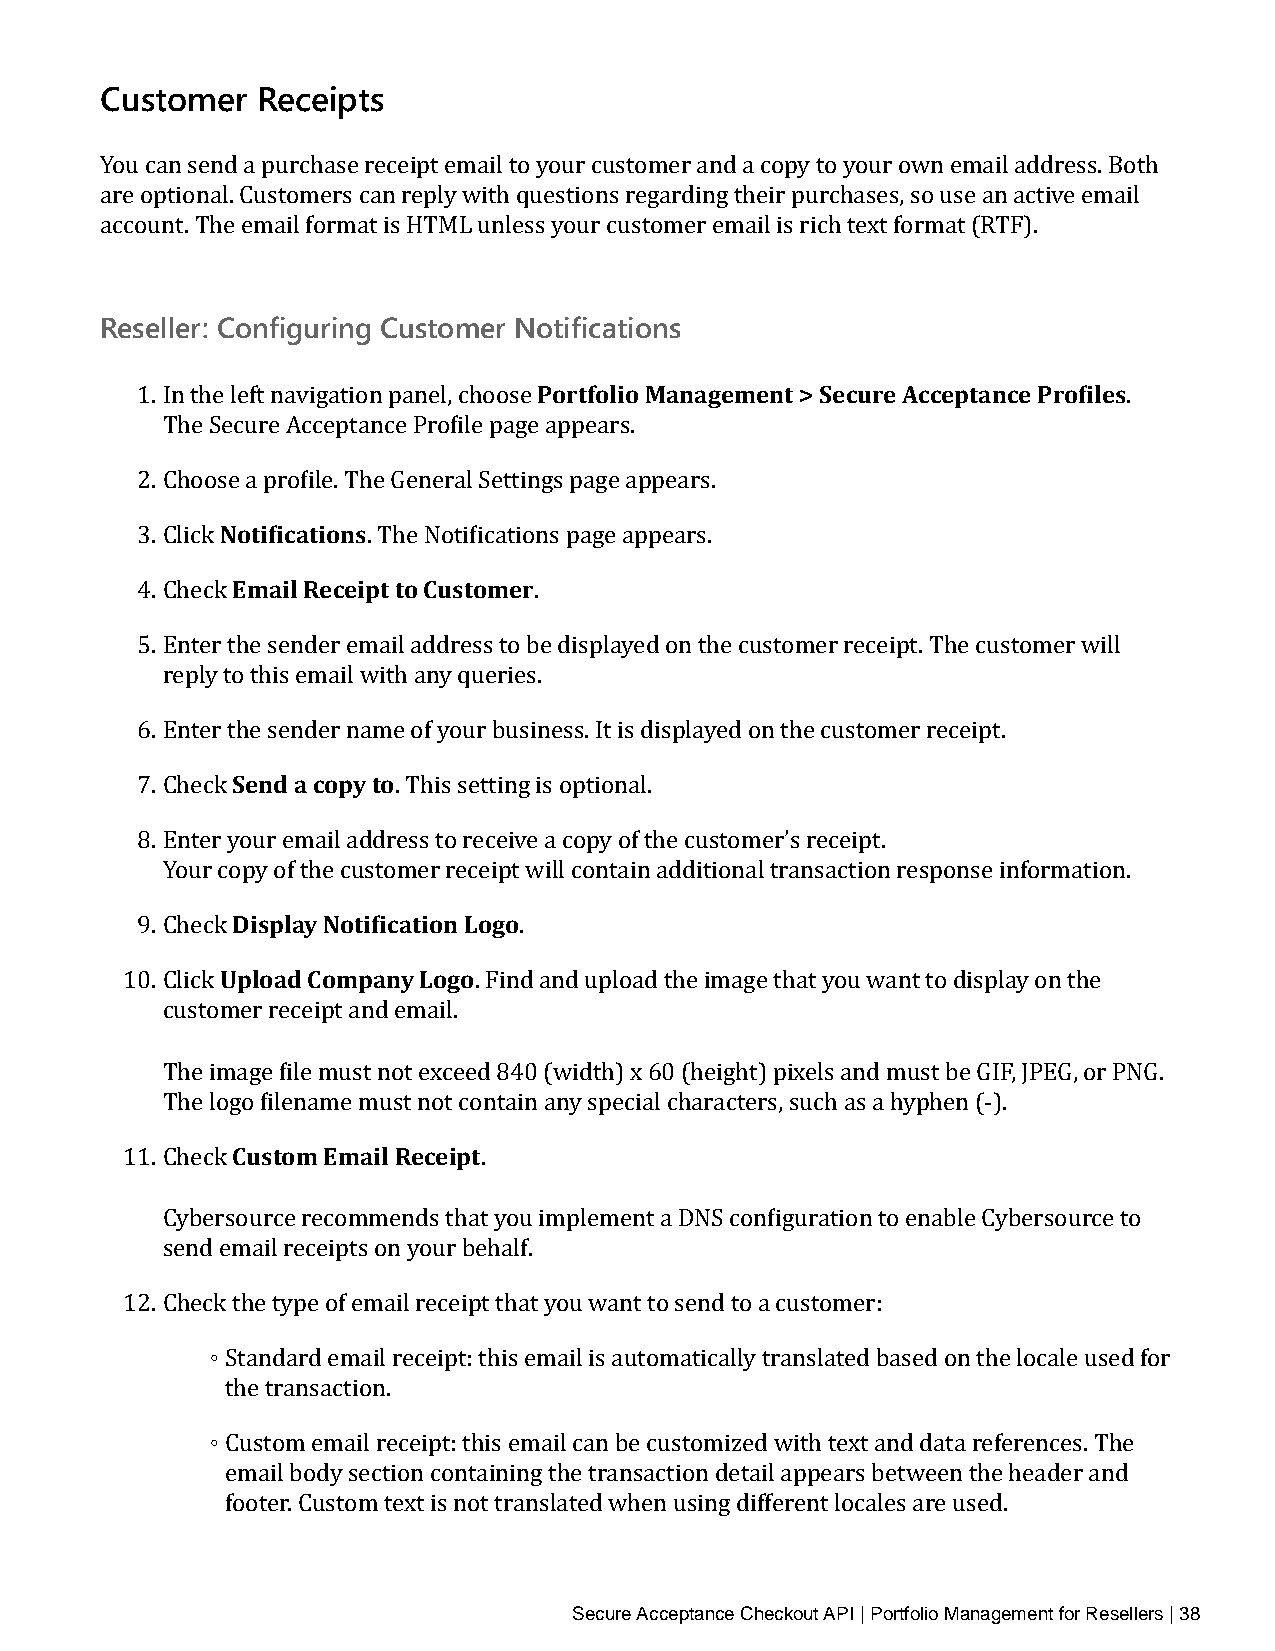
Customer  Receipts
 You can send a purchase receipt email to your customer and a copy to your own email address. Both
 are optional. Customers can reply with questions regarding their purchases, so use an active email
 account. The email format is HTML unless your customer email is rich text format (RTF).
 Reseller: Configuring Customer Notifications
 Portfolio Management > Secure Acceptance Profiles
 1. In the left navigation panel, choose                           .
 The Secure Acceptance Profile page appears.
 2. ChoosNeo at ipfircoafitlieo. nTshe General Settings page appears.
 3. Click Email Receip. Tt htoe CNuostitfoicmateirons page appears.
 4. Check                  .
 5. Enter the sender email address to be displayed on the customer receipt. The customer will
 reply to this email with any queries.
 6. Enter tSheen sde nad ceorp nya tmoe of your business. It is displayed on the customer receipt.
 7. Check         . This setting is optional.
 8. Enter your email address to receive a copy of the customer’s receipt.
 Your coDpiys polfa tyh eN coutisftiocmateior nre Lcoeigpot will contain additional transaction response information.
 9. CheckU pload Company Logo .
 10. Click              . Find and upload the image that you want to display on the
 customer receipt and email.
 The image file must not exceed 840 (width) x 60 (height) pixels and must be GIF, JPEG, or PNG.
 The logCou fsitleonma mEme maiul sRte ncoeti pcotntain any special characters, such as a hyphen (‑).
 11. Check               .
 Cybersource recommends that you implement a DNS configuration to enable Cybersource to
 send email receipts on your behalf.
 12. Chec◦k the type of email receipt that you want to send to a customer:
 Standard email receipt: this email is automatically translated based on the locale used for
 ◦the transaction.
 Custom email receipt: this email can be customized with text and data references. The
 email body section containing the transaction detail appears between the header and
 footer. Custom text is not translated when using different locales are used.
 Secure Acceptance Checkout API | Portfolio Management for Resellers | 38